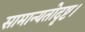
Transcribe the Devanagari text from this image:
सामान्यतोदृष्ट।